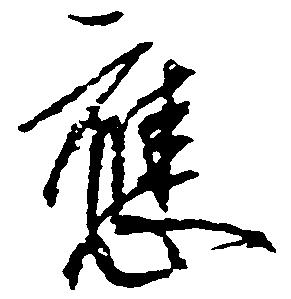
応